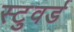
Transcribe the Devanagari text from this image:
स्टुवर्ड